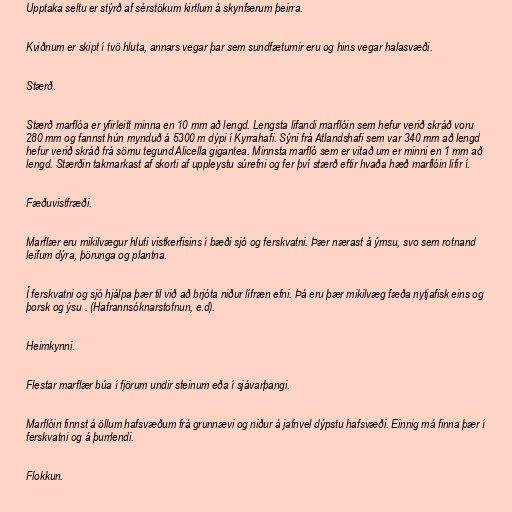
Upptaka seltu er stýrð af sérstökum kirtlum á skynfærum þeirra.

Kviðnum er skipt í tvö hluta, annars vegar þar sem sundfæturnir eru og hins vegar halasvæði.

Stærð.

Stærð marflóa er yfirleitt minna en 10 mm að lengd. Lengsta lifandi marflóin sem hefur verið skráð voru
280 mm og fannst hún mynduð á 5300 m dýpi í Kyrrahafi. Sýni frá Atlandshafi sem var 340 mm að lengd
hefur verið skráð frá sömu tegund Alicella gigantea. Minnsta marfló sem er vitað um er minni en 1 mm að
lengd. Stærðin takmarkast af skorti af uppleystu súrefni og fer því stærð eftir hvaða hæð marflóin lifir í.

Fæðuvistfræði.

Marflær eru mikilvægur hluti vistkerfisins í bæði sjó og ferskvatni. Þær nærast á ýmsu, svo sem rotnand
leifum dýra, þörunga og plantna.

Í ferskvatni og sjó hjálpa þær til við að brjóta niður lífræn efni. Þá eru þær mikilvæg fæða nytjafisk eins og
þorsk og ýsu . (Hafrannsóknarstofnun, e.d).

Heimkynni.

Flestar marflær búa í fjörum undir steinum eða í sjávarþangi.

Marflóin finnst á öllum hafsvæðum frá grunnævi og niður á jafnvel dýpstu hafsvæði. Einnig má finna þær í
ferskvatni og á þurrlendi.

Flokkun.